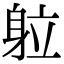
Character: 䠴